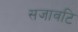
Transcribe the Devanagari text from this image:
सजावटि